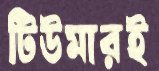
টিউমারই